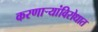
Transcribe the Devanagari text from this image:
करणार्‍यांविरोधात